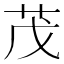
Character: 茂